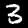
Label: 3